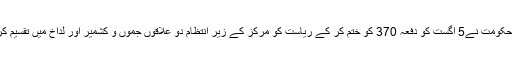
بھارتی حکومت نے5 اگست کو دفعہ 370 کو ختم کر کے ریاست کو مرکز کے زیر انتظام دو علاقوں جموں و کشمیر اور لداخ میں تقسیم کر دیاتھا۔